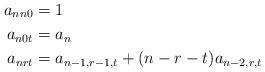
LaTeX: \begin{align*}a_{nn0} &= 1 &&\\a_{n0t} &= a_n &&\\a_{nrt} &= a_{n-1,r-1,t} +(n-r-t)a_{n-2,r,t} &&\end{align*}